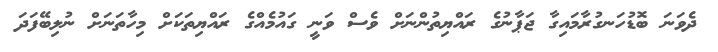
ދެވަނަ ބޮޑުހަނގުރާމައިގާ ޖަޕާނުގެ ރައްޔިތުންނަށް ވެސް ވަނީ ގައުމެއްގެ ރައްޔިތަކަށް މިހާތަނަށް ނުލިބޭފަދަ